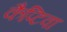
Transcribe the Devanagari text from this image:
कैप्टिवा